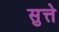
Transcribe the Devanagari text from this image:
सुत्ते